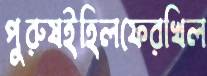
পুরুষইহিলফেরখিল